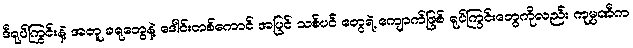
ဒီရုပ်ကြွင်းနဲ့ အတူ ခရုတွေနဲ့ ဒေါင်းတစ်ကောင် အပြင် သစ်ပင် တွေရဲ့ ကျောက်ဖြစ် ရုပ်ကြွင်းတွေကိုလည်း ကုမ္ပဏီက